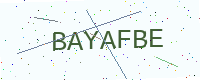
Text: BAYAFBE